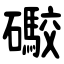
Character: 礮